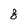
Character: 8